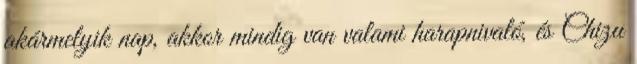
akármelyik nap, akkor mindig van valami harapnivaló, és Chizu